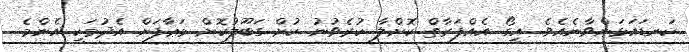
ކަނޑައަޅަންވާނެއެވެ. އީގޯ އެއްފަރާތް ކޮށްލާ ކުރެވުނު ކުށް ގަބޫލުކޮށް މަޢާފަށް އެދުމަކީ އެންމެ